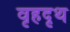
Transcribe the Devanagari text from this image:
वृहदृथ